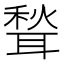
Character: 𫆉